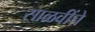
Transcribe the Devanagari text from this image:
साळवींचे